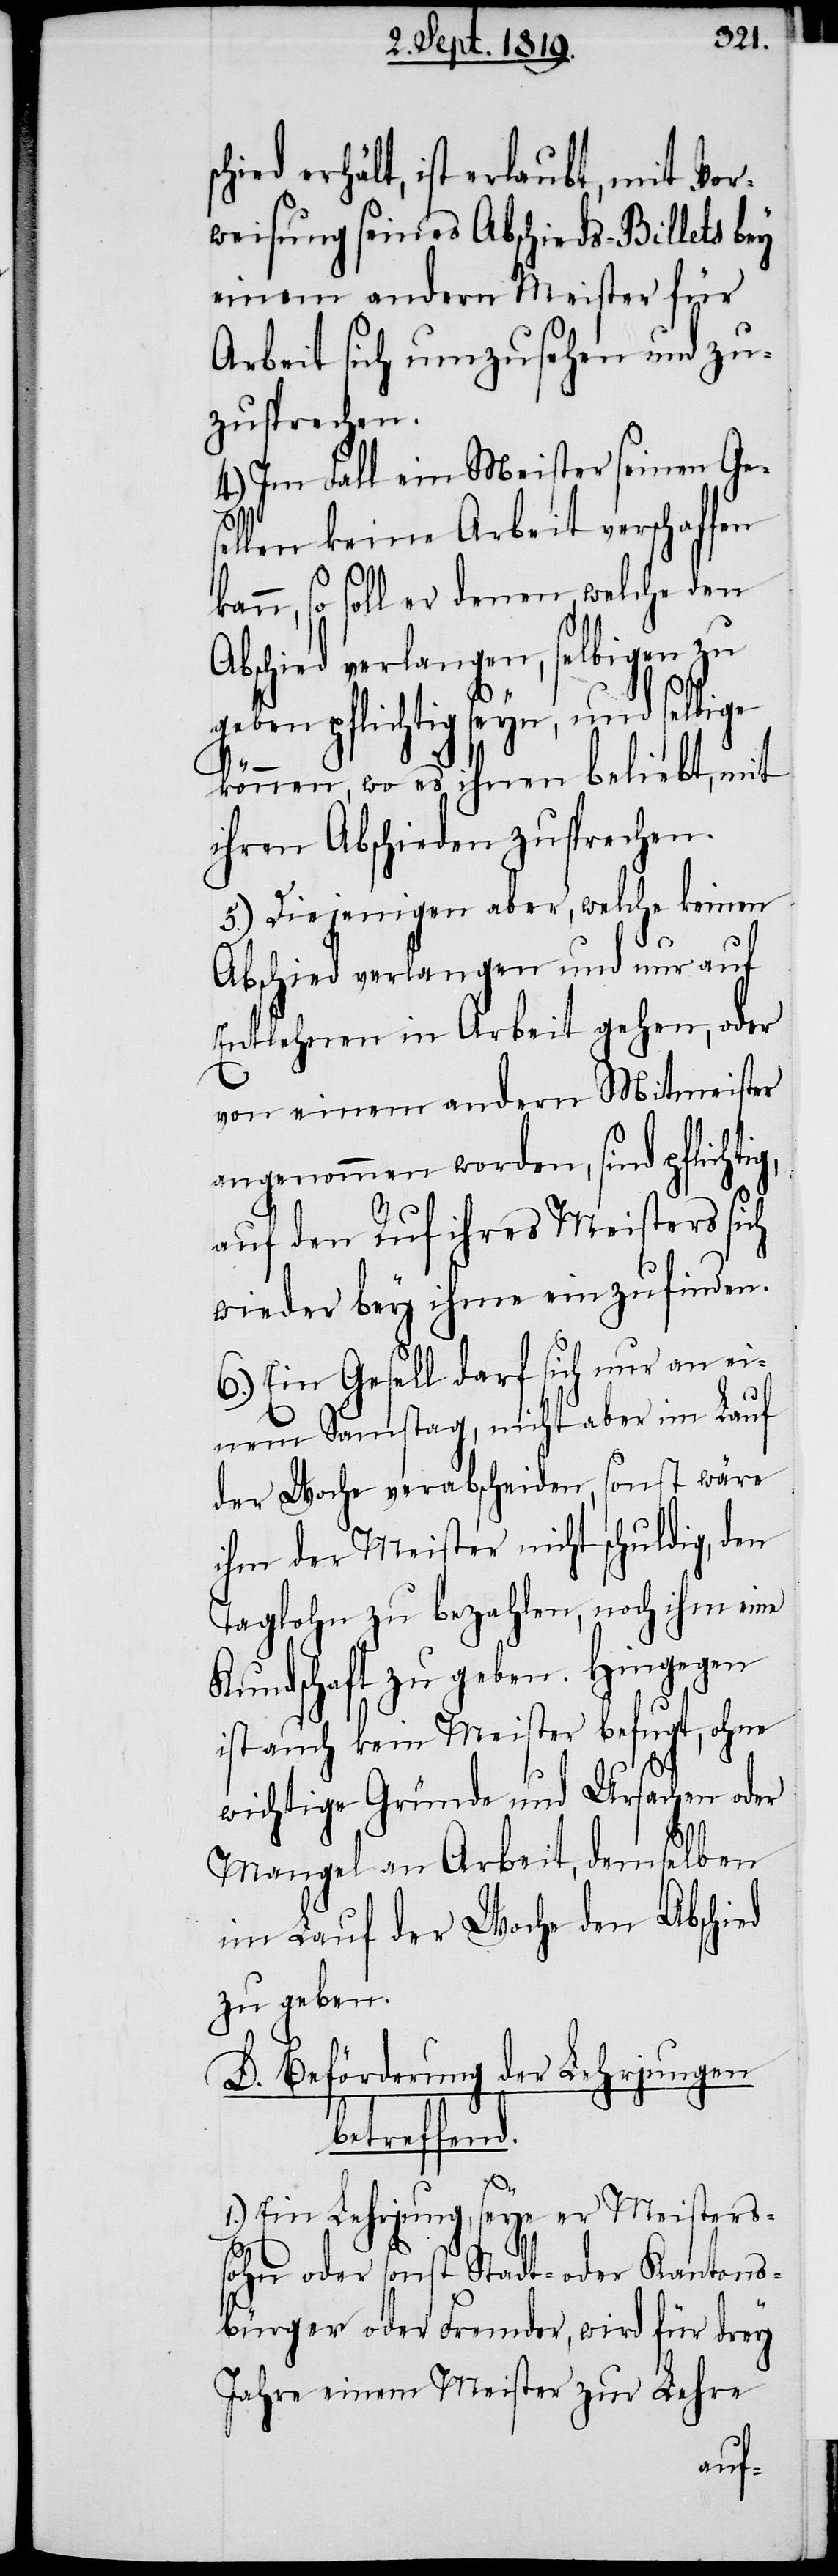
chied erhält, ist erlaubt, mit Vor¬
weisung seines Abschieds-Billets bey
einem andern Meister für
Arbeit sich umzusehen und zu¬
zusprechen.
4.) Im Fall ein Meister seinen Ges¬
ellen keine Arbeit verschaffen
kann, so soll er denen, welche den
Abschied verlangen, selbigen zu
können, wo es ihnen beliebt, mit
ihren Abschieden zusprechen.
5.) Diejenigen aber, welche keinen
Abschied verlangen und nur auf
Entlehnen in Arbeit gehen, oder
von einem andern Mitmeister
angenommen worden, sind pflichti¬
auf den Ruf ihres Meisters sich
wieder bey ihme einzufinden.
6.) Ein Gesell darf sich nur an ei¬
nem Samstag, nicht aber im Lauf
der Woche verabscheiden, sonst wäre
ihm der Meister nicht schuldig, den
Taglohn zu bezahlen, noch ihm eine
Kundschaft zu geben. Hingegen
ist auch kein Meister befugt, ohne
wichtige Gründe und Ursachen oder
Mangel an Arbeit, demselben
im Lauf der Woche den Abschied
zu geben.
D. Beförderung der Lehrjungen
betreffend.
1.) Ein Lehrjunge, seye er Meisters¬
sohn oder sonst Stadt- oder Kantons¬
bürger oder Fremder, wird für drey
Jahre einem Meister zur Lehre
g,